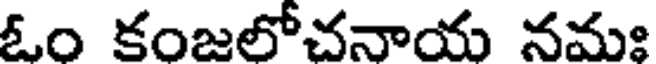
ఓం కంజలోచనాయ నమః